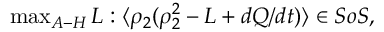
\begin{array} { r } { \operatorname* { m a x } _ { A - H } L : \langle \rho _ { 2 } ( \rho _ { 2 } ^ { 2 } - L + d Q / d t ) \rangle \in S o S , } \end{array}